Vital statistics of India. Vol. VI, European troops 1870-79
Year: 1870
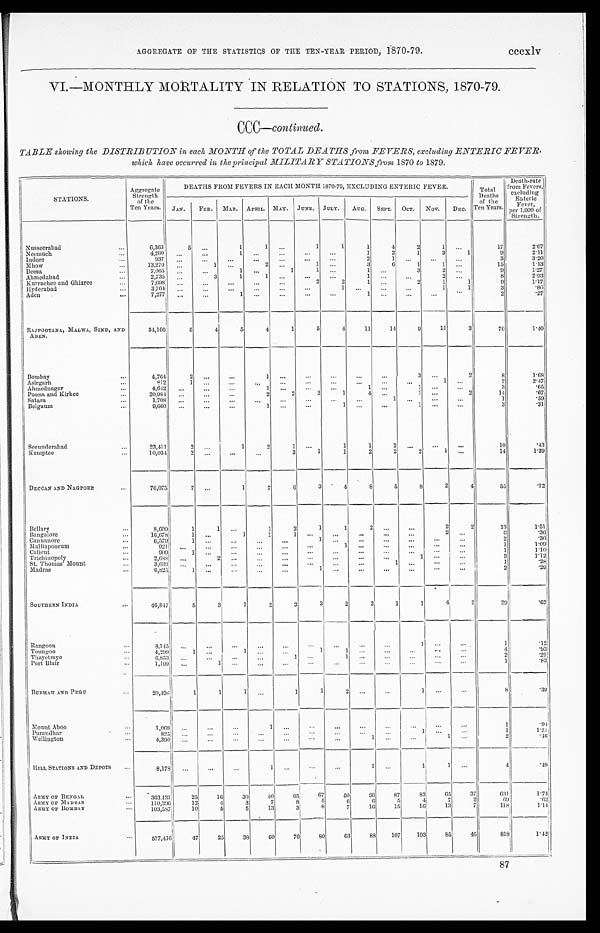
AGGREGATE OF THE STATISTICS OF THE TEN-YEAR PERIOD, 1870-79. cccxlv
VI.—MONTHLY MORTALITY IN RELATION TO STATIONS, 1870-79.
CCC— continued.
TABLE showing the DISTRIBUTION in each MONTH of the TOTAL DEATHS from FEVERS, excluding ENTERIC FEVER,
which have occurred in the principal MILITARY STATIONS from, 1870 to 1879.
STATIONS.
Aggregate
Strength of the
Ten Years.
DEATHS FROM FEVERS IN EACH MONTH 1870-79, EXCLUDING ENTERIC FEVER.
Total
Deaths of the
Ten Years.
Death-rate
from Fevers,
excluding
Enteric Fever,
per 1,000 of
Strength.
JAN. FEB. MAR. APRIL. MAY. JUNE. JULY. AUG. SEPT. OCT. NOV. DEC.
Nusseerabad
...
6,363
5 . . .
1
1 ...
1
1
1
4
2
1
. . .
17
2.67
Neemuch
...
4,260 ...
...
1
. . . . . .
...
...
1
2
1
3
1
9
2.11
Indore
. . .
937 ... ...
. . .
. . .
. . .
. . .
. . .
2
1
. . . . . .
. . .
3
3.20
Mhow
. . .
13,270 ...
1 ...
2 . . .
1
. . .
3
6
1
1
. . .
15
1.13
Deesa
. . .
7,065 ...
. . .
1
. . .
1
1
. . .
1
. . . 3
2 . . .
9
1.27
Ahmedabad
. . .
2,735 . . .
3
1
1
. . . . . .
. . .
1
. . . . . .
2 ...
8
2.93
Kurrachee and Ghizree
...
7,698 . . .
...
...
...
. . .
2
2
1
. . . 2
1
1
9
1.17
Hyderabad
. . .
3,764 ...
. . .
. . . ...
. . .
...
1
. . . ...
...
1
1
3
.80
Aden
...
7,277 ...
...
1 ...
. . .
...
...
1 . . . ...
...
. . .
2
.27
RAJPOOTANA, MALWA, SIND, AND
ADEN.
54,166
5
4
5
4
1
5
4
11
14
9
11
3
76
1.40
Bombay
...
4,764
2
. . .
...
1
. . .
. . .
. . .
. . .
. . .
3
. . .
2
8
1.68
Asirgarh
...
812
1
. . . ...
. . . ...
. . .
. . .
. . . ...
. . .
1
. . .
2
2.47
Ahmednagar
...
4,642 ...
...
...
1 ...
. . .
. . .
1 . . .
1 ...
. . .
3
. 6 5
Poona and Kirkee
...
20,984 ...
...
...
2
2
2
1
4 ...
1
. . . 2
14
.67
Satara
...
1,708 ... ...
...
...
. . .
. . .
. . .
. . .
1
. . .
. . . . . .
1
.59
Belgaum
...
9,660 ...
...
. . .
1 . . .
. . .
1
. . .
. . .
1 ...
. . .
3
.31
Secunderabad
...
23,411
2 ...
1
2
1
. . .
1
1
2
. . . ...
...
10
.43
Kamptee
...
10,034
2 ...
...
...
3
1
1
2
2 2
1
. . .
14
1.39
DECCAN AND NAGPORE
...
76,075
7 ...
1
7
6
3
4
8
5
8
2
4
55
.72
Bellary
. . .
8,609
1
1 ...
1
2
1
1
2 . . .
...
2
2
13
1.51
Bangalore
. . .
16,678
1
. . .
1
1
1
. . . . . .
...
. . .
. . .
2
. . .
6
.36
Cannanore
...
6,579
1
...
. . .
. . .
. . .
1 ...
. . .
. . .
. . . ...
. . .
2
.30
Malliapoorum
...
921 ...
...
...
...
...
. . .
1
. . . . . .
... ...
. . .
1
1.09
Calicut
...
909
1 ...
...
. . . . . .
. . .
...
. . .
. . .
. . . ...
. . .
1
1.10
Trichinopoly
...
2,688 ... 2
. . .
. . . ...
. . .
. . .
. . .
. . .
1 ...
. . .
3
1.12
St. Thomas' Mount
...
3,639 ...
...
. . .
. . .
. . .
. . .
. . .
. . .
1
. . .
. . . . . .
1
.28
Madras
...
6,825
1 ...
. . .
. . . . . .
1
. . .
...
. . .
. . .
. . .
...
2
.29
SOUTHERN INDIA
...
46,847
5
3
1
2
3
3
2
2
1
1
4
2
29
.62
Rangoon
...
8,145
. . .
. . .
...
. . .
. . .
. . .
...
. . .
. . .
1
. . .
. . .
1
.12
Toungoo
. . .
4,299
1
. . . 1
. . . . . .
1
1 ...
. . .
. . .
. . .
. . .
4
. 9 3
Thayetmyo
...
6,853 ...
...
...
. . . 1
. . .
1
. . . . . .
. . .
. . . ...
2
.29
Port Blair
...
1,199 ... 1
. . .
. . .
. . .
. . .
. . .
. . . . . .
. . .
. . . . . .
1
.83
BURMAH AND PEGU
...
20,496
1
1
1 ...
1
1
2
. . . . . .
1
. . . . . .
8
.39
Mount Aboo
...
1,069 ...
...
. . .
1
. . .
. . . . . .
. . .
. . .
. . .
. . . ...
1
.94
Purandhar
. . .
825 ...
. . .
. . .
. . .
. . .
. . . . . .
. . .
. . . 1
. . . ...
1
1.21
Wellington
. . .
4,390 ... ...
. . .
. . .
. . .
. . . . . .
1 ...
...
1 . . .
2
.46
HILL STATIONS AND DEPOTS
. . .
8,178 ...
. . .
. . .
1
. . .
. . .
...
1 ...
1
1 ...
4
.49
ARMY OF BENGAL
...
363,431
25
16
30
40
65
67
50
66
87
83
65
37
631
1.74
ARMY OF MADRAS
. . . 110,396
12
4
3
7
8
5
6
6
5
4
7
2
69
.62
ARMY OF BOMBAY
. . . 103,587
10
5
5
13
3
8
7
16
15
16
13
7
118
1.14
ARMY OF I NDI A
. . . 577,416
47
25
38
60
76
80 63
88 107 103
85
4 6
818
1.42
87